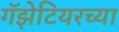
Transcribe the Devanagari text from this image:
गॅझेटियरच्या